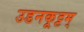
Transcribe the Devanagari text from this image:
उडनकूट्टम्